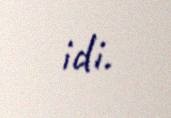
idi.